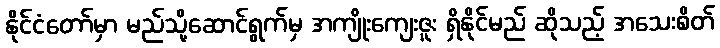
နိုင်ငံတော်မှာ မည်သို့ဆောင်ရွက်မှ အကျိုးကျေးဇူး ရှိနိုင်မည် ဆိုသည့် အသေးစိတ်